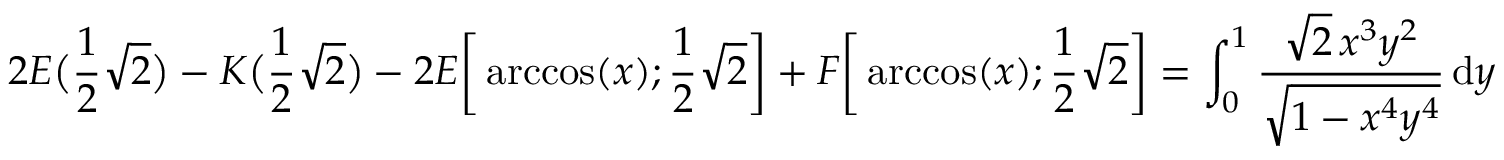
2 E { \bigl ( } { \frac { 1 } { 2 } } { \sqrt { 2 } } { \bigr ) } - K { \bigl ( } { \frac { 1 } { 2 } } { \sqrt { 2 } } { \bigr ) } - 2 E { \biggl [ } \operatorname { a r c c o s } ( x ) ; { \frac { 1 } { 2 } } { \sqrt { 2 } } { \biggr ] } + F { \biggl [ } \operatorname { a r c c o s } ( x ) ; { \frac { 1 } { 2 } } { \sqrt { 2 } } { \biggr ] } = \int _ { 0 } ^ { 1 } { \frac { { \sqrt { 2 } } \, x ^ { 3 } y ^ { 2 } } { \sqrt { 1 - x ^ { 4 } y ^ { 4 } } } } \, \mathrm { d } y